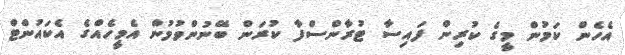
އެހެން ކަމުން މީގެ ކުރިން ފައިސާ ޓުރާންސްފާ ކުރަން ބޭނުންވުމުން އެމީހެއްގެ އެކައުންޓް